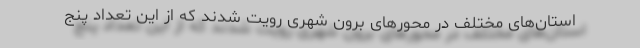
استان‌های مختلف در محور‌های برون شهری رویت شدند که از این تعداد پنج